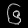
Digit: ၆